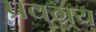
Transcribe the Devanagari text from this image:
प्रवग्र्य